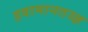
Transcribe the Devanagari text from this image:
हवामानतज्ज्ञ